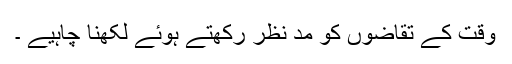
وقت کے تقاضوں کو مد نظر رکھتے ہوئے لکھنا چاہیے ۔